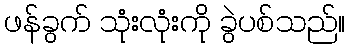
ဖန်ခွက် သုံးလုံးကို ခွဲပစ်သည်။